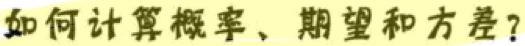
如何计算概率、期望和方差？